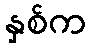
နှစ်က